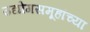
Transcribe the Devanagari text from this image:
उद्योगसमूहांच्या